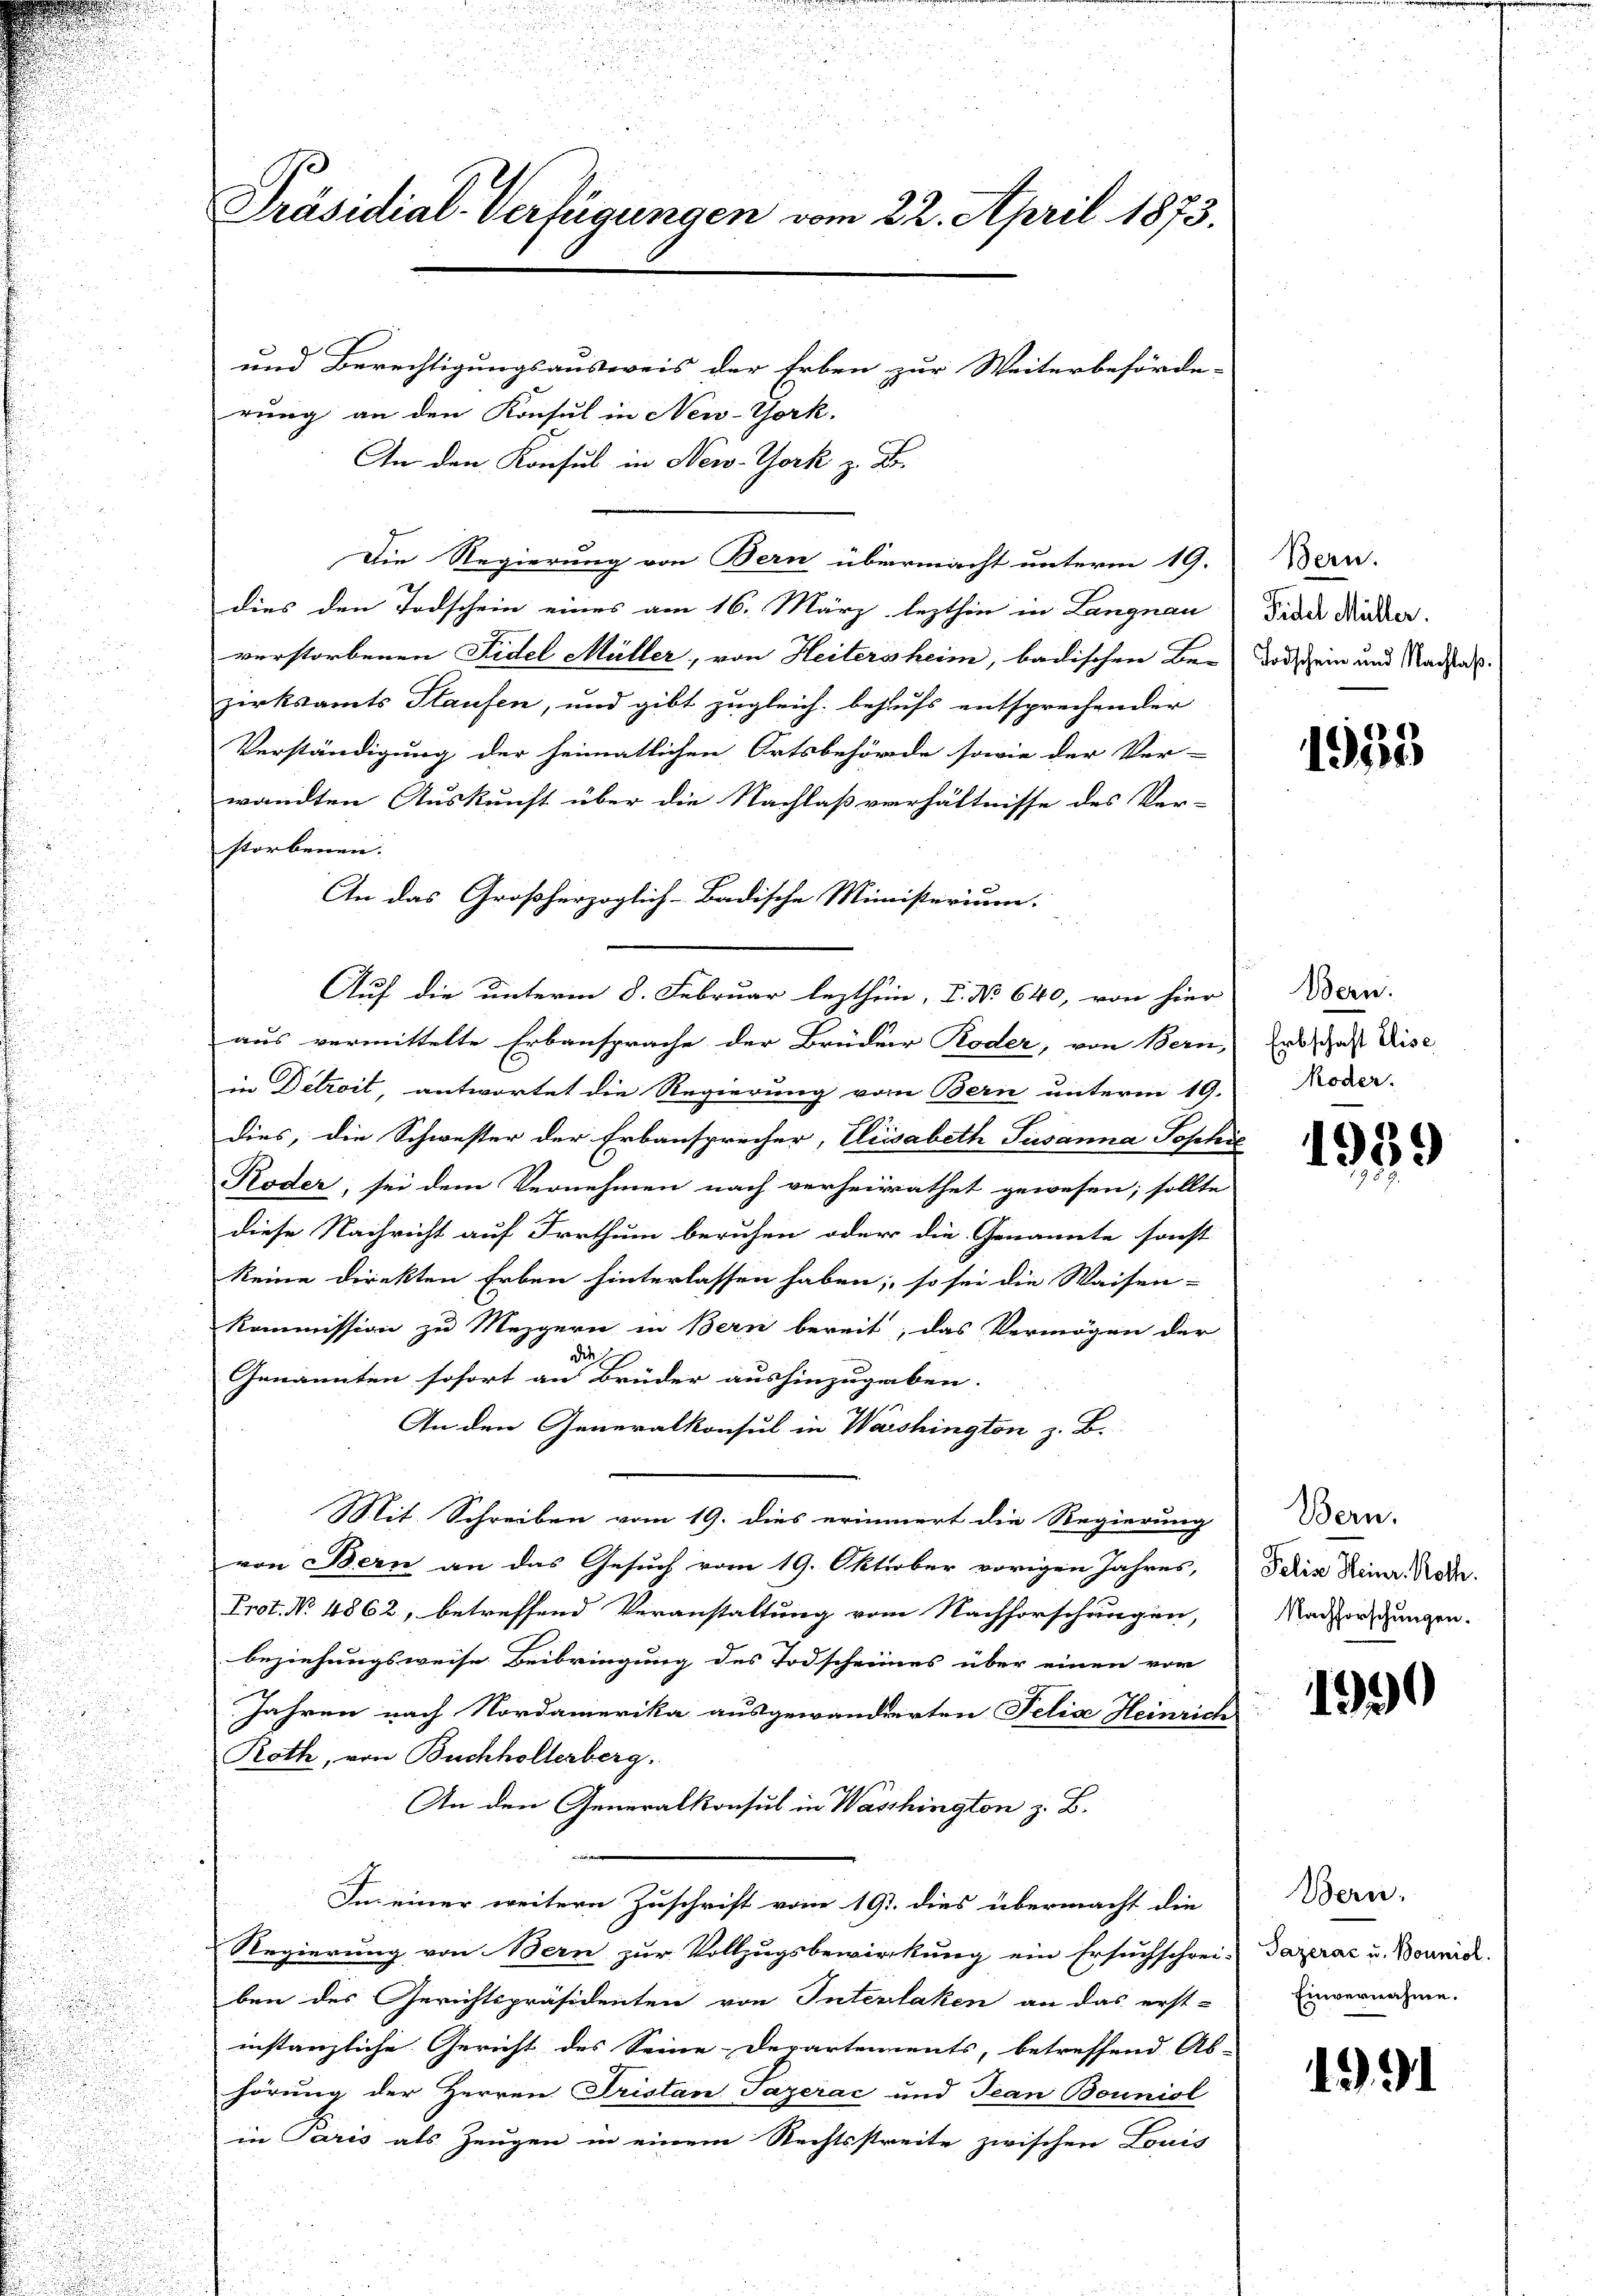
Präsidial-Verfügungen vom 22. April 1873.
und Berechtigungsausweis der Erben zur Weiterbeförde-
rung an den Konsul in New-York.
An den Konsul in New-York z. B.

Die Regierung von Bern übermacht unterm 19.
dies den Todschein eines am 16. März lezthin in Langnau
verstorbenen Fidel Müller, von Heiters heim, badischen Be-
zirksamts Staufen, und gibt zugleich behufs entsprechender
Verständigung der heimatlichen Ortsbehörde sowie der Ver-
wandten Auskunft über die Nachlaßverhältnisse des Ver-
storbenen.
An das Großherzoglich-Badische Ministerium.
aus vermittelte Erbansprache der Brüder Roder, von Bern,
in Détroit, antwortet die Regierung vom Bern unterm 19.
dies, die Schwester der Erbansprecher, Elisabeth Susanna Posch
Koder, sei dem Vernehmen nach verheirathet gewesen; sollte
diese Nachricht auf Irrthum beruhen oder die Genannte sonst
keine direkten Erben hinterlassen haben; so sei die Waisen-
Kommission zu Mezgern in Bern bereit, das Vermögen der
Genannten sofort an Brüder aushinzugeben.
In den Generalkonsul in Washington z. B.
Mit. Schreiben vom 19. dies erinnert die Regierung
von Bern an das Gesuch vom 19. Oktober vorigen Jahres,
Prot. No. 4862, betreffend Veranstaltung vom Nachforschungen,
beziehungsweise Beibringung des Todscheines über einen vor
Jahren nach Nordamerika ausgewanderten Felix Heinrich
Roth, von Buchholterberg.
An den Generalkonsul in Wasshington z. B.

Im einer weitern Zuschrift vom 19. dies übermacht die
Regierung von Bern zur Vollzugsbewirkung ein Ersuchschrei-
ben des Gerichtspräsidenten von Interlaken an das erst-
instanzliche Gericht des Seine Departements, betreffend Ab
hörung der Herren Fristan Payerac und Jean Bounisl
in Paris als Zeugen in einem Rechtsstreite zwischen Louis

Auf die unterm 8. Februar lezthin, I. No. 640, von hier

r

Bern.
Fidel Müller.
Todschein und Nachlaß

1935

Bern.
Erbschaft Elise
Koder

1939

Bern.
Felis Heinr. Roth.
Nachforschungen.

199

Bern.
Pazerac u. Bouniol.
Einvernahme.

3